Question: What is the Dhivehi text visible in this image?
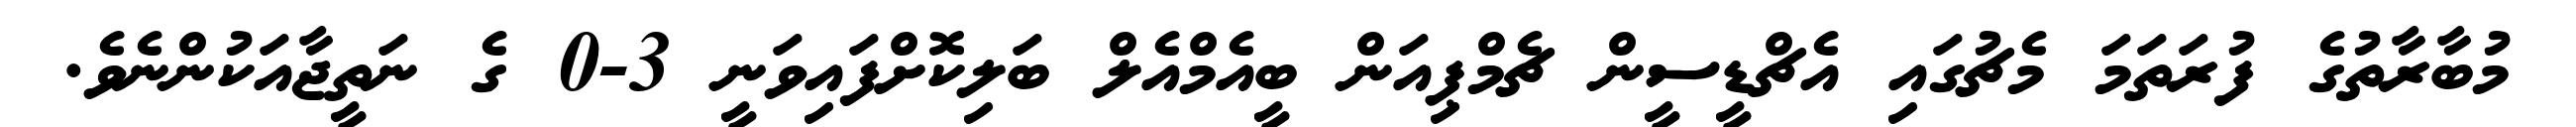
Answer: މުބާރާތުގެ ފުރަތަމަ މެޗުގައި އެޗްޑީސީން ޗެމްޕިއަން ބީއެމްއެލް ބަލިކޮށްފައިވަނީ 3-0 ގެ ނަތީޖާއަކުންނެވެ.